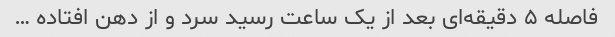
فاصله ۵ دقیقه‌ای بعد از یک ساعت رسید سرد و از دهن افتاده …